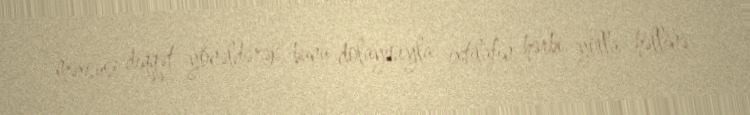
məxsusi diqqət yönəldərək, bunu dolayısıyla ixtilafın hərbi yolla həllinə